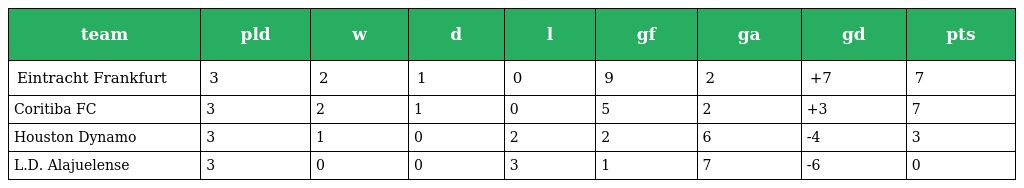
| team | pld | w | d | l | gf | ga | gd | pts |
 | --- | --- | --- | --- | --- | --- | --- | --- | --- |
 | Eintracht Frankfurt | 3 | 2 | 1 | 0 | 9 | 2 | +7 | 7 |
 | Coritiba FC | 3 | 2 | 1 | 0 | 5 | 2 | +3 | 7 |
 | Houston Dynamo | 3 | 1 | 0 | 2 | 2 | 6 | -4 | 3 |
 | L.D. Alajuelense | 3 | 0 | 0 | 3 | 1 | 7 | -6 | 0 |